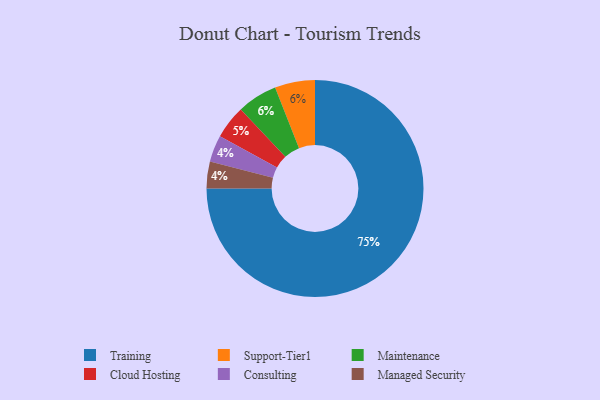
{"axis": {"x": "Category", "y": "Percentage"}, "legend": ["Cloud Hosting", "Consulting", "Maintenance", "Managed Security", "Support-Tier1", "Training"], "data": [{"x": "Consulting", "y": 4, "type": "Consulting"}, {"x": "Cloud Hosting", "y": 5, "type": "Cloud Hosting"}, {"x": "Managed Security", "y": 4, "type": "Managed Security"}, {"x": "Support-Tier1", "y": 6, "type": "Support-Tier1"}, {"x": "Maintenance", "y": 6, "type": "Maintenance"}, {"x": "Training", "y": 75, "type": "Training"}]}